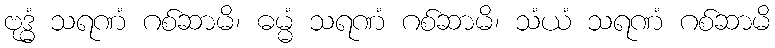
ဗုဒ္ဓံ သရဏံ ဂစ်ဆာမိ၊ ဓမ္မံ သရဏံ ဂစ်ဆာမိ၊ သံယံ သရဏံ ဂစ်ဆာမိ